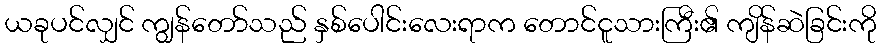
ယခုပင်လျှင် ကျွန်တော်သည် နှစ်ပေါင်းလေးရာက တောင်ငူသားကြီး၏ ကျိန်ဆဲခြင်းကို